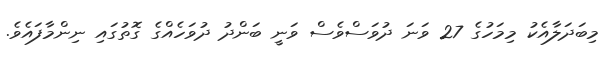
މިބަދަލާއެކު މިމަހުގެ 27 ވަނަ ދުވަސްވެސް ވަނީ ބަންދު ދުވަހެއްގެ ގޮތުގައި ނިންމާފައެވެ.